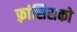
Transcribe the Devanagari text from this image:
फ़्रांसिसको